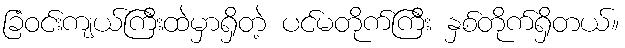
ခြံဝင်းကျယ်ကြီးထဲမှာရှိတဲ့ ပင်မတိုက်ကြီး နှစ်တိုက်ရှိတယ်။